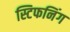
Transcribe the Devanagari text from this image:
स्टिफनिंग